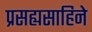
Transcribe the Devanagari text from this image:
प्रसह्यसाहिने